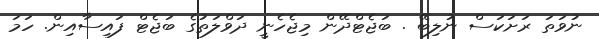
ނުވަތަ ރަށަކަސް ނުލިބޭ . ބަޖެޓްދޭން މިޖެހެނީ ދަވްލަތުގެ ބަޖެޓް ފައިސާއިން. ހަމަ